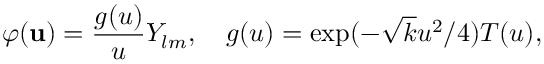
\varphi ( \ensuremath { \mathbf { u } } ) = \frac { g ( u ) } { u } Y _ { l m } , \quad g ( u ) = \exp ( - \sqrt { k } u ^ { 2 } / 4 ) T ( u ) ,